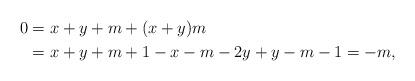
LaTeX: \begin{align*}0&=x+y+m+(x+y)m\\ &= x+y+m+1-x-m-2y+y-m-1 = -m,\end{align*}